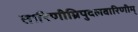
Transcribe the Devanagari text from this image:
तारिणीम्रिपुदलवारिणीम्